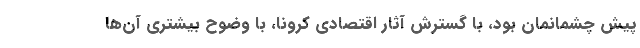
پیش چشمانمان بود، با گسترش آثار اقتصادی کرونا، با وضوح بیشتری آن‌ها